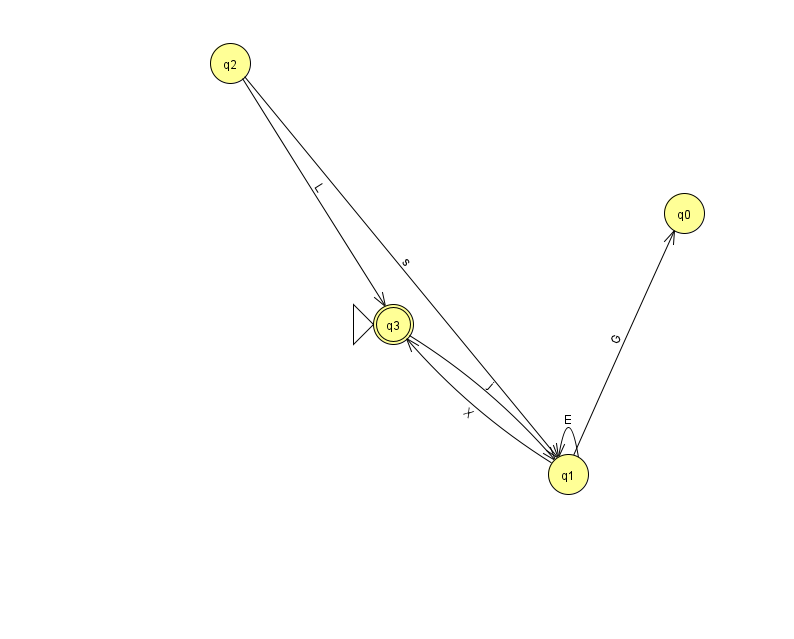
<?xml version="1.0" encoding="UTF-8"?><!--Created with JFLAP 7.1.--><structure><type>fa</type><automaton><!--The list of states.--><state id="0" name="q0"><x>684.0</x><y>200.0</y></state><state id="1" name="q1"><x>568.0</x><y>461.0</y></state><state id="2" name="q2"><x>230.0</x><y>50.0</y></state><state id="3" name="q3"><x>393.0</x><y>311.0</y><initial/><final/></state><!--The list of transitions.--><transition><from>1</from><to>0</to><read>G</read></transition><transition><from>1</from><to>1</to><read>E</read></transition><transition><from>2</from><to>3</to><read>L</read></transition><transition><from>1</from><to>3</to><read>X</read></transition><transition><from>2</from><to>1</to><read>s</read></transition><transition><from>3</from><to>1</to><read>j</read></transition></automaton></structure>